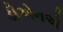
ડીએનએ